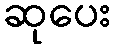
ဆုပေး